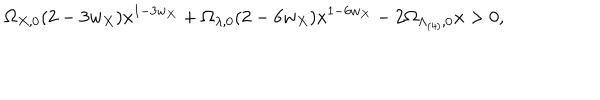
\Omega _ { X , 0 } ( 2 - 3 w _ { X } ) x ^ { 1 - 3 w _ { X } } + \Omega _ { \lambda , 0 } ( 2 - 6 w _ { X } ) x ^ { 1 - 6 w _ { X } } - 2 \Omega _ { \Lambda _ { ( 4 ) } , 0 } x > 0 ,